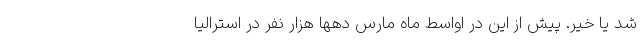
شد یا خیر. پیش از این در اواسط ماه مارس دهها هزار نفر در استرالیا